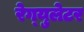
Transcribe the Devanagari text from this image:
रेग्‍युलेटर